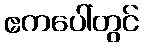
ဧကပေါ်တွင်